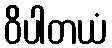
ဝိပါတယံ